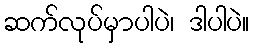
ဆက်လုပ်မှာပါပဲ၊ ဒါပါပဲ။